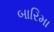
બારિમા